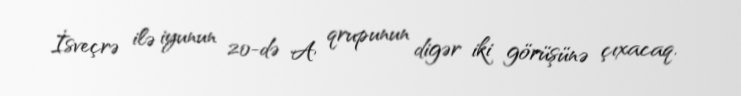
İsveçrə ilə iyunun 20-də A qrupunun digər iki görüşünə çıxacaq.